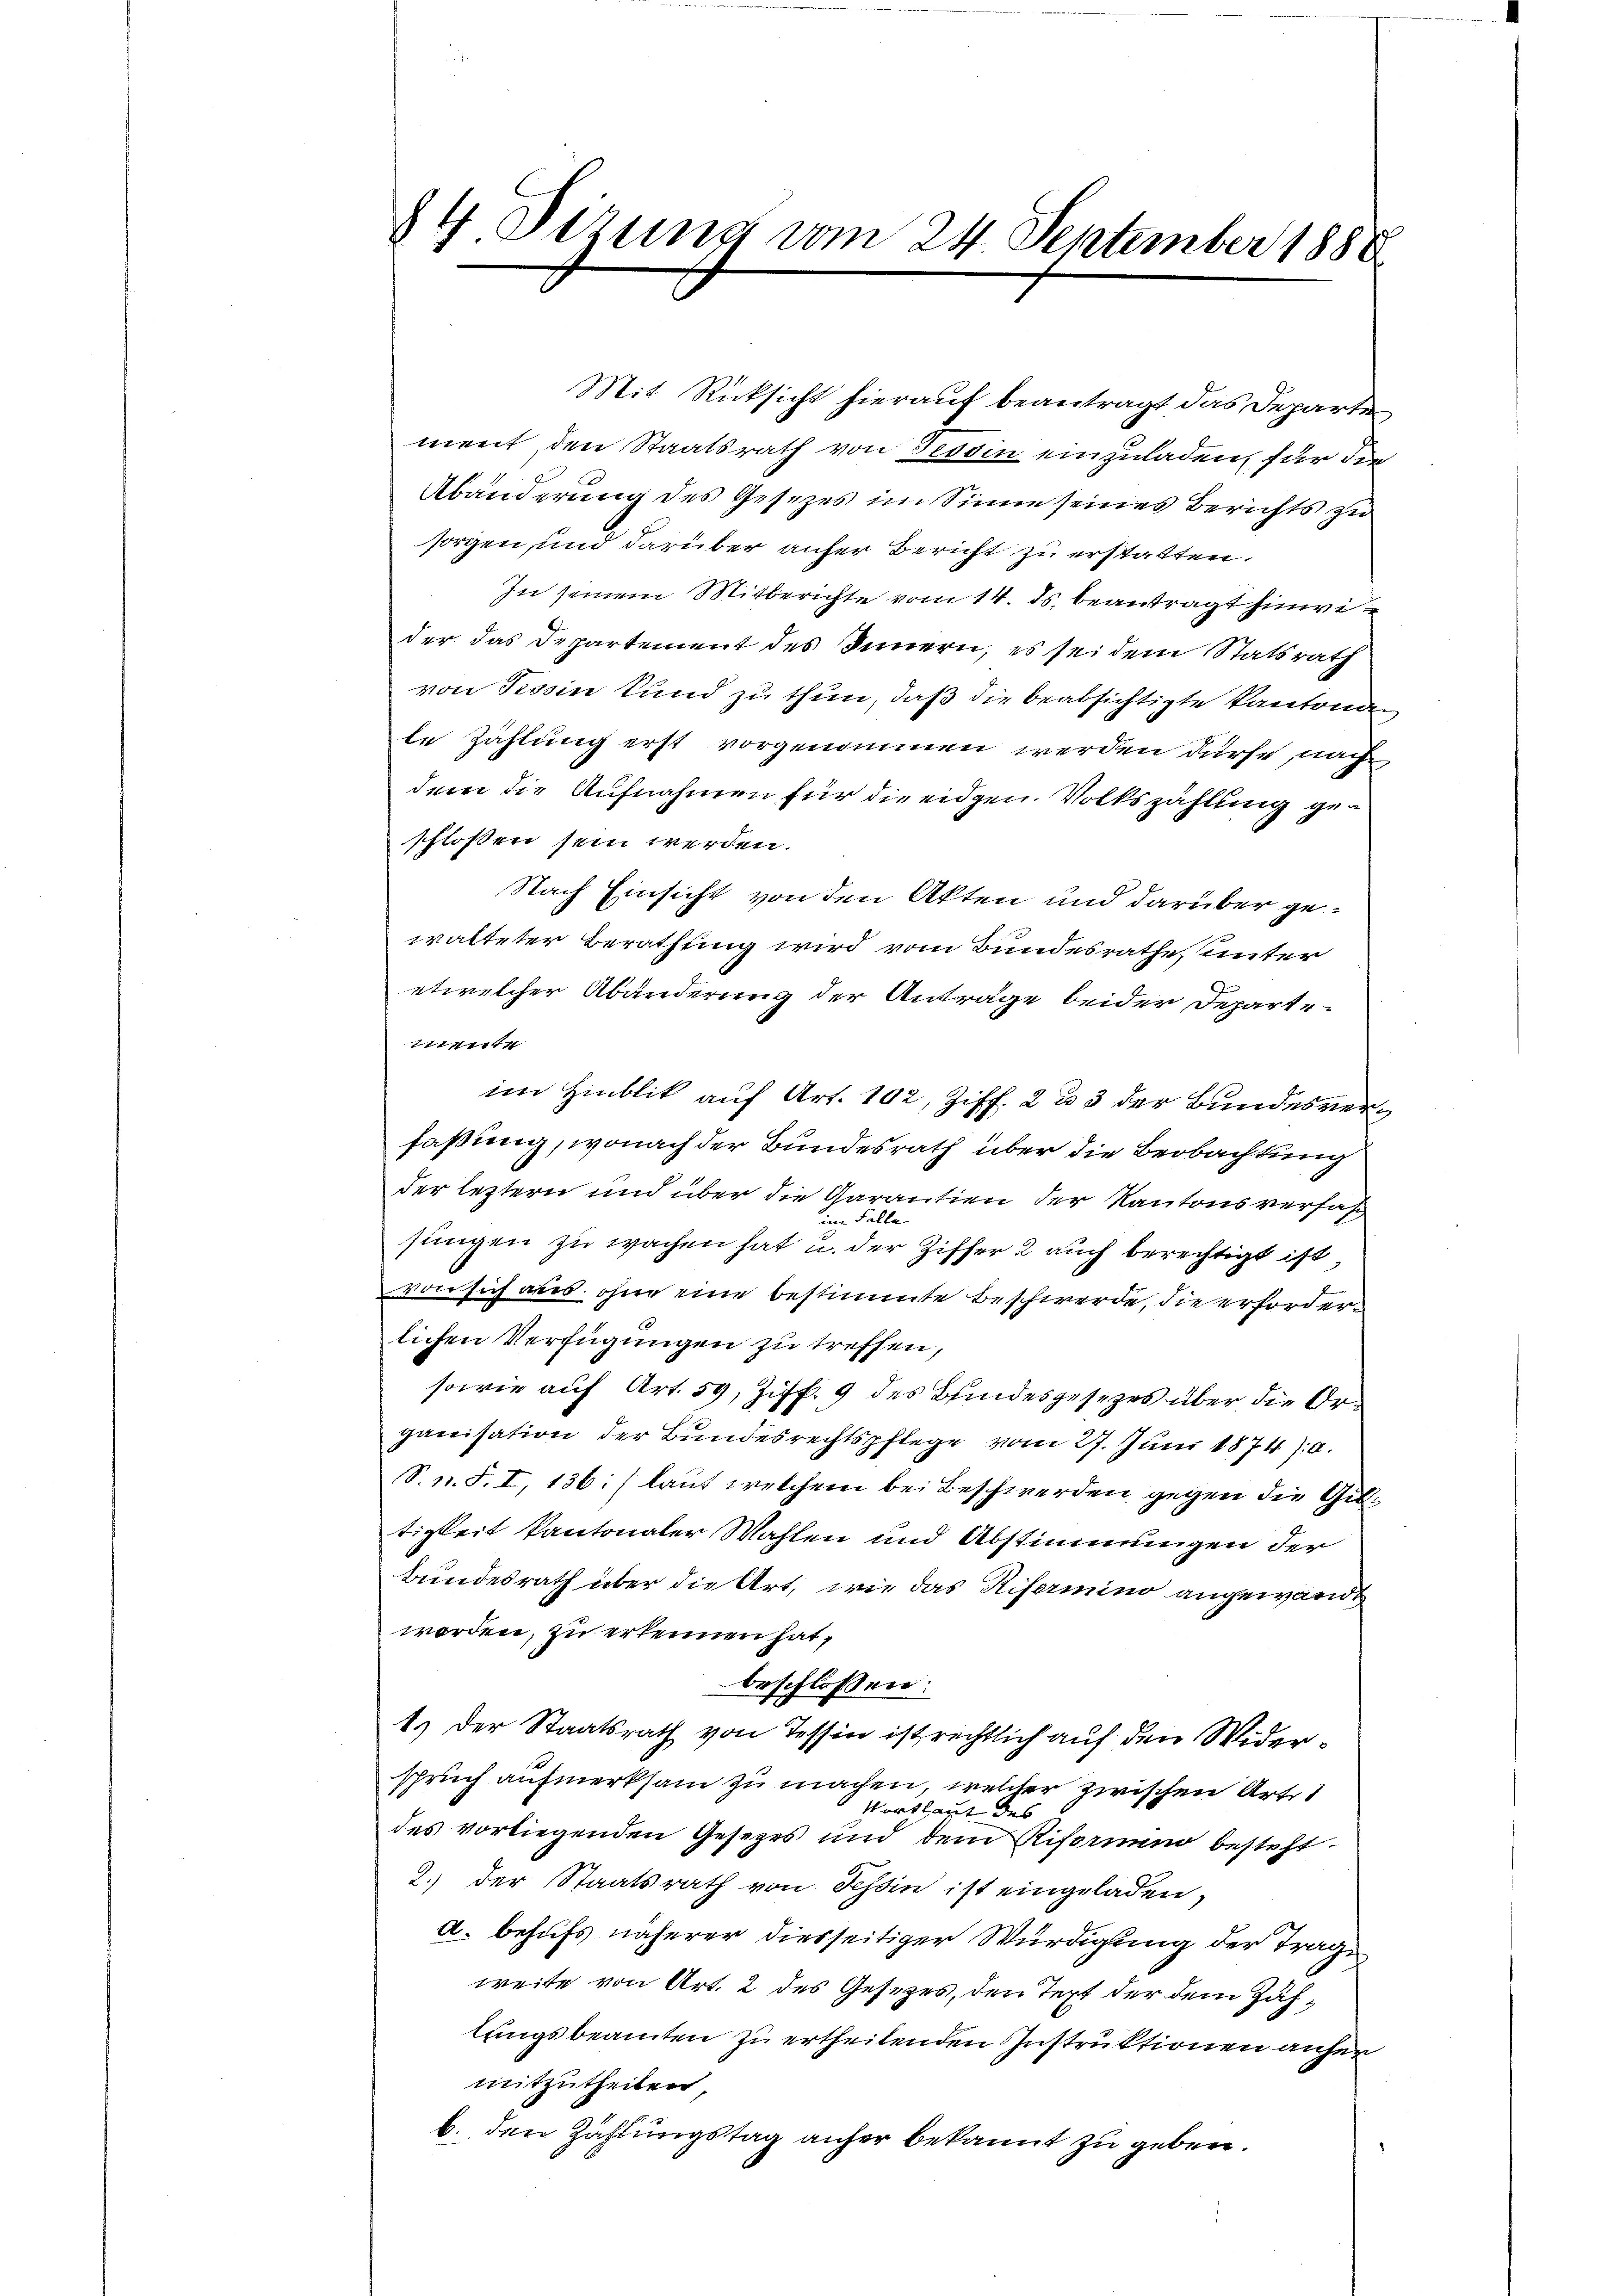
84 Dezung vom 24. September 1888

Mit Rücksicht hierauf beantragt das Departe
ment, den Staatsrath von Tessin einzuladen, für die
Abänderung des Gesetzes im Sinne seines Berichts zu
sorgen, und darüber aufer Bericht zu erstatten.
In seinem Mitberichte vom 14. ds. beantragt hinwi
der das Departement des Innern, es sei dem Statsrath
von Tessin kund zu thun, daß die beabsichtigte Kantona
te Zahlung erst vorgenommen werden dürfe, nach
dem die Aufnahmen für die eidgen. Volkszählung geschloßen sein werden.
Nach Einsicht von den Akten und darüber gewalteter Berathung wird vom Bundesrathe, unter
etwelcher Abänderung der Anträge beider Departettente
im Hinblik auf Art. 192, Ziff. 2 u 3 der Bundesverfaßung, wonach der Bundesrath über die Beobachtung
der leztern und über die Garantien der Kantonsverfas
im Falle
sungen zu wachen hat u. der Ziffer 2 auch berechtigt ist,
von sich aus, ohne eine bestimmte Beschwerde, die erforderlichen Verfügungen zu treffen,
sowie auf Art. 59, Ziff. 9 des Bundesgesezes über die Organisation der Bundesrechtspflege vom 27. Juni 1874): a.
S. n. F. I, 136: (laut welchem bei Beschwerden gegen die Giltigkeit kantonaler Wahlen und Abstimmungen der
Bundesrath über die Art, wie das Rifermino angewandt
worden, zu erkennen hat,
beschlossen:
1.) Der Staatsrath von Tessin ist rechtlich auf den Widerspruch aufmerksam zu machen, welcher zwischen Arte
Wortlaut des
des vorliegenden Gesetzes und dem Riformund besteht
2.) der Staatsrath von Tessin ist eingeladen,
d. behufs näherer diesseitiger Würdigung der Trage
weite von Art. 2 des Gesetzes, den Text der dem Zählungsbeamten zu ertheilenden Instruktionen anher
mitzutheilen,
b. den Zahlungstag anher bekannt zu geben.